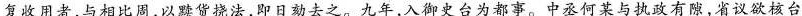
复收用者，与相比周，以黩货挠法，即日劾去之。九年，入御史台为都事。中丞何某与执政有隙，省议欲核台